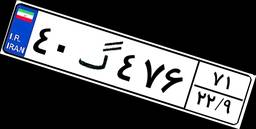
۹۴گ۰۱۹۵۴